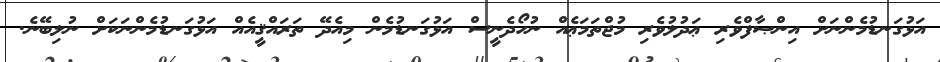
އަޅުގަނޑުމެންނަށް އިންޞާފްވެރި ޢަދުލުވެރި މުޖްތަމަޢެއް ނުހޯދެނީސް އަޅުގަނޑުމެން މިއެދޭ ތަރައްޤީއެއް އަޅުގަނޑުމެންނަކަށް ނުލިބޭނެ.